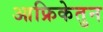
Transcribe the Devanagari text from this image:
आफ्रिकेतुन